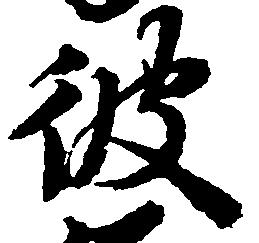
彼